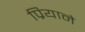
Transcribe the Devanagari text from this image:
प्रियाने